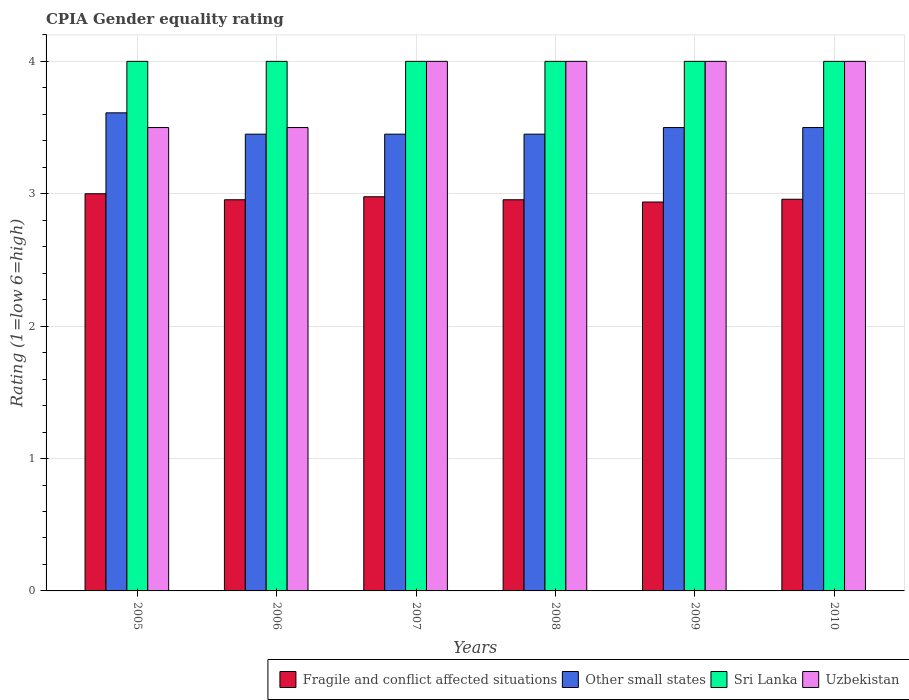
| Years | Fragile and conflict affected situations | Other small states | Sri Lanka | Uzbekistan |
 | --- | --- | --- | --- | --- |
 | 2005 | 3 | 3.61 | 4 | 3.5 |
 | 2006 | 2.95 | 3.45 | 4 | 3.5 |
 | 2007 | 2.98 | 3.45 | 4 | 4 |
 | 2008 | 2.95 | 3.45 | 4 | 4 |
 | 2009 | 2.94 | 3.5 | 4 | 4 |
 | 2010 | 2.96 | 3.5 | 4 | 4 |